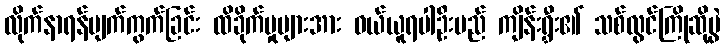
လိုက်နာရန်ပျက်ကွက်ခြင်း ထိခိုက်မှုများအား ဝယ်ယူရပါဦးမည် ကျိန်းရွှီး၏ သစ်လွင်ကြိုဆိုပွဲ